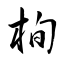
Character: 栒